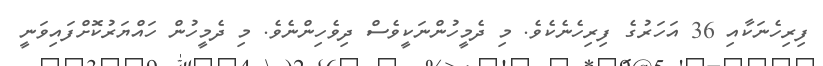
ފިރިހެނަކާއި 36 އަހަރުގެ ފިރިހެނެކެވެ. މި ދެމީހުންނަކީވެސް ދިވެހިންނެވެ. މި ދެމީހުން ހައްޔަރުކޮށްފައިވަނީ